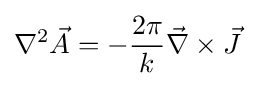
\nabla ^{2}{\vec {A}}=-{\frac {2\pi }{k}}{\vec {\nabla }}\times {\vec {J}}